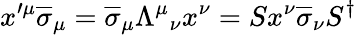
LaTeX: x^{\prime\mu}{\overline{{\sigma}}}_{\mu}={\overline{{\sigma}}}_{\mu}{\Lambda^{\mu}}_{\nu}x^{\nu}=Sx^{\nu}{\overline{{\sigma}}}_{\nu}S^{\dagger}